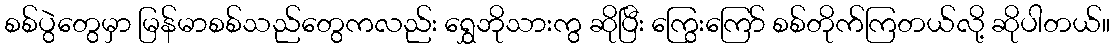
စစ်ပွဲတွေမှာ မြန်မာစစ်သည်တွေကလည်း ရွှေဘိုသားကွ ဆိုပြီး ကြွေးကြော် စစ်တိုက်ကြတယ်လို့ ဆိုပါတယ်။